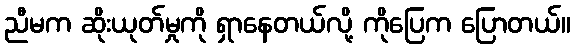
ညီမက ဆိုးယုတ်မှုကို ရှာနေတယ်လို့ ကိုပြေက ပြောတယ်။